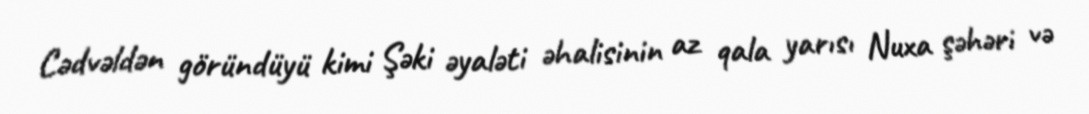
Cədvəldən göründüyü kimi Şəki əyaləti əhalisinin az qala yarısı Nuxa şəhəri və